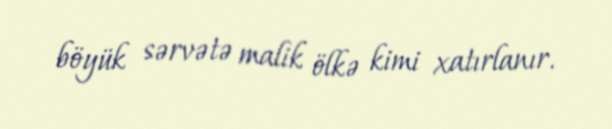
böyük sərvətə malik ölkə kimi xatırlanır.